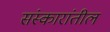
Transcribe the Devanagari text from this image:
संस्कारांतील